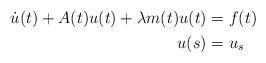
LaTeX: \begin{align*} \begin{aligned} \dot u(t) + A(t)u(t) + \lambda m(t)u (t)&= f(t) \qquad\\ u(s)&=u_s&& \end{aligned}\end{align*}